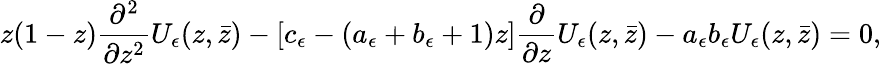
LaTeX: z(1-z)\frac{\partial^{2}}{\partial z^{2}}U_{\epsilon}(z,\bar{z})-\left[c_{\epsilon}-(a_{\epsilon}+b_{\epsilon}+1)z\right]\frac{\partial}{\partial z}U_{\epsilon}(z,\bar{z})-a_{\epsilon}b_{\epsilon}U_{\epsilon}(z,\bar{z})=0,